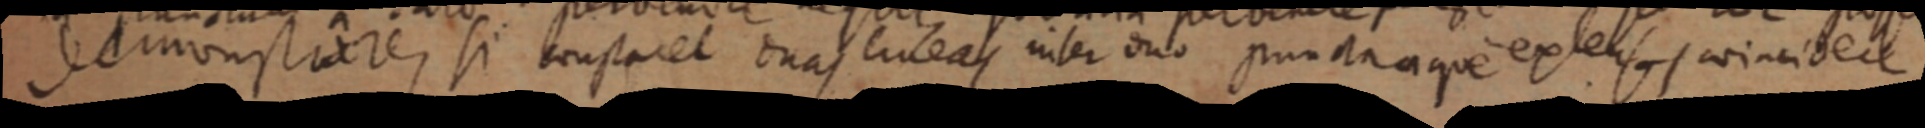
demonstrare, si constaret duas lineas inter duo punctaque extensus coincidere